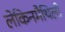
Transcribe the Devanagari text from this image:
लेकिनमैथिली